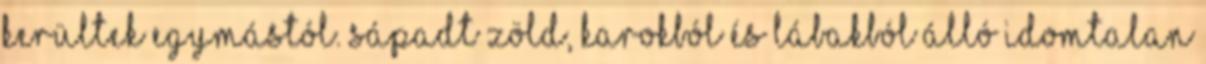
kerültek egymástól. Sápadt zöld, karokból és lábakból álló idomtalan